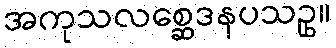
အကုသလစ္ဆေဒနပသဥှ။